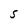
Character: S